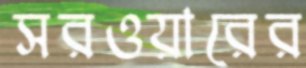
সরওয়ারের